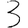
Digit: 3